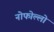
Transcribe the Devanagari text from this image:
नोफोल्लो